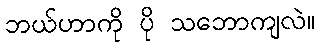
ဘယ်ဟာကို ပို သဘောကျလဲ။